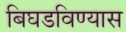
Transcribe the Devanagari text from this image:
बिघडविण्यास